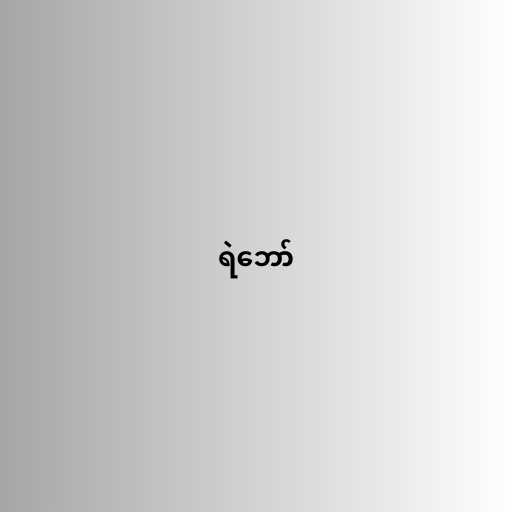
ရဲဘော်